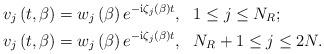
LaTeX: \begin{align*} & v_{j}\left( t,\beta\right) =w_{j}\left(\beta\right) e^{-\mathrm{i}\zeta_{j}\left( \beta\right) t},\text{\ \ }1\leq j\leq N_{R};\\ & v_{j}\left( t,\beta\right) =w_{j}\left(\beta\right) e^{-\mathrm{i}\zeta_{j}\left( \beta\right) t},\text{\ \ }N_{R}+1\leq j\leq2N.\end{align*}